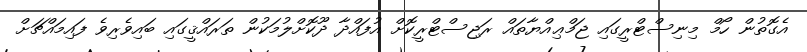
އެގޮތުން ހޯމް މިނިސްޓްރީގައި ޖަމްޢިއްޔާތައް ރަޖިސްޓްރީކޮށް އުފައްދާ ދޫކޮށްލުމަކުން ތަރައްޤީގައި ބައިވެރިވެ ފައިމައްޗަށް